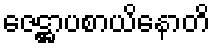
ဇေဋ္ဌာပစာယိနောတိ